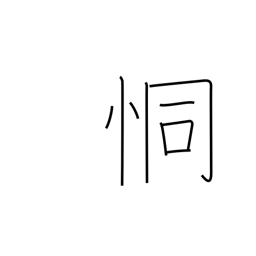
Meaning: fearful